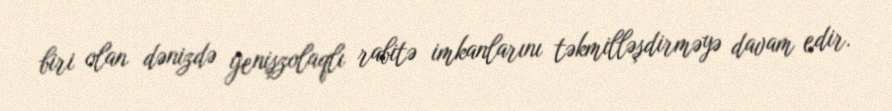
biri olan dənizdə genişzolaqlı rabitə imkanlarını təkmilləşdirməyə davam edir.